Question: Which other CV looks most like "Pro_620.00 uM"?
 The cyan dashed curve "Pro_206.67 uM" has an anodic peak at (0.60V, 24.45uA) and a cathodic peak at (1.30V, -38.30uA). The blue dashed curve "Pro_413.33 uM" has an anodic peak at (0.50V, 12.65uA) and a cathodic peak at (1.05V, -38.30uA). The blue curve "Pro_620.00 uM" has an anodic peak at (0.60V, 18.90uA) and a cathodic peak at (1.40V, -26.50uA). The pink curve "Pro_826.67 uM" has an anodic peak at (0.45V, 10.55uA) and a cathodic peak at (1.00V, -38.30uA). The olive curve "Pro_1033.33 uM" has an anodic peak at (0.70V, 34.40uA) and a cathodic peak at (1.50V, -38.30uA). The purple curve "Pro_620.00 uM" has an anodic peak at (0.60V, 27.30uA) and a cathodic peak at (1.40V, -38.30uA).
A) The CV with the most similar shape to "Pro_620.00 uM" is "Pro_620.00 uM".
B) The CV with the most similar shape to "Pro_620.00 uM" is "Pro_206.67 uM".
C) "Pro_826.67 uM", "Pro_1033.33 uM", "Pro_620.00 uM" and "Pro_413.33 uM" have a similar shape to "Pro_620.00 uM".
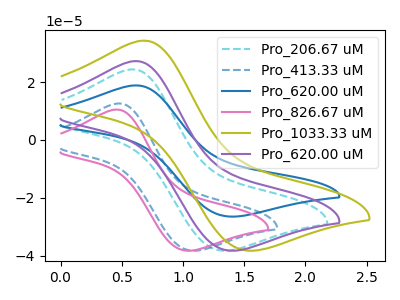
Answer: <think>"Pro_206.67 uM" and "Pro_413.33 uM" have at least one peak that do not match. "Pro_206.67 uM" and "Pro_620.00 uM" have at least one peak that do not match. "Pro_206.67 uM" and "Pro_826.67 uM" have at least one peak that do not match. "Pro_206.67 uM" and "Pro_1033.33 uM" have at least one peak that do not match. "Pro_206.67 uM" and "Pro_620.00 uM" have at least one peak that do not match. "Pro_413.33 uM" and "Pro_620.00 uM" have at least one peak that do not match. All the peaks in "Pro_413.33 uM" have a peak in "Pro_826.67 uM" at the same potential. "Pro_413.33 uM" and "Pro_1033.33 uM" have at least one peak that do not match. "Pro_413.33 uM" and "Pro_620.00 uM" have at least one peak that do not match. "Pro_620.00 uM" and "Pro_826.67 uM" have at least one peak that do not match. "Pro_620.00 uM" and "Pro_1033.33 uM" have at least one peak that do not match. All the peaks in "Pro_620.00 uM" have a peak in "Pro_620.00 uM" at the same potential. Every peak in "Pro_620.00 uM" is lower than every peak in "Pro_620.00 uM". "Pro_826.67 uM" and "Pro_1033.33 uM" have at least one peak that do not match. "Pro_826.67 uM" and "Pro_620.00 uM" have at least one peak that do not match. "Pro_1033.33 uM" and "Pro_620.00 uM" have at least one peak that do not match.
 </think>
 <answer>A) The CV with the most similar shape to "Pro_620.00 uM" is "Pro_620.00 uM".</answer>
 <eval>A</eval>